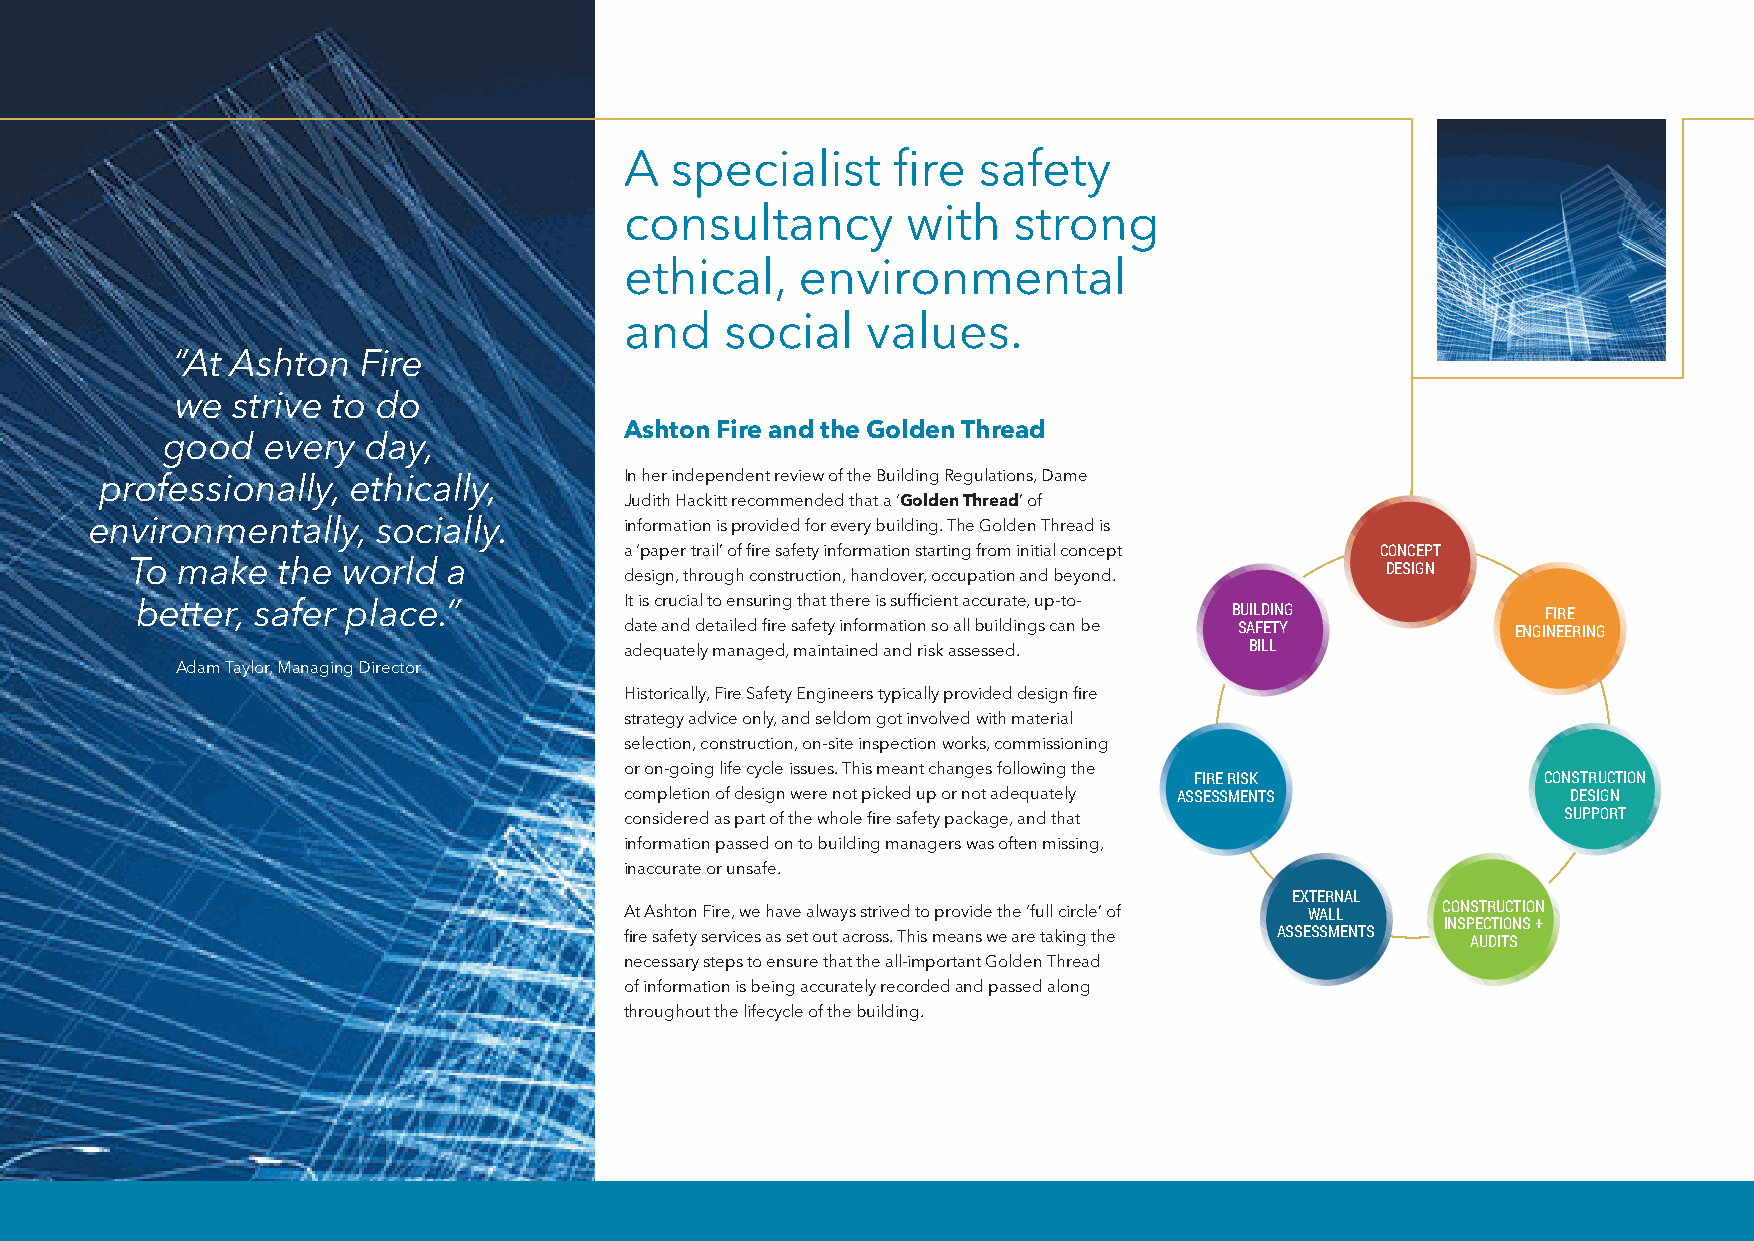
A  specialist     fire  safety
 consultancy        with   strong
 ethical,    environmental
 and    social   values.
 “At Ashton   Fire
 we strive to do
 Ashton Fire and the Golden Thread
 good  every  day,
 professionally, ethically,        In her independent review of the Building Regulations, Dame
 Judith Hackitt recommended that a ‘Golden Thread’ of
 environmentally,   socially.       information is provided for every building. The Golden Thread is
 a ‘paper trail’ of fire safety information starting from initial concept CONCEPT
 To make  the  world  a                                                             DESIGN
 design, through construction, handover, occupation and beyond.
 better, safer place.”           It is crucial to ensuring that there is sufficient accurate, up-to- BUILDING FIRE
 date and detailed fire safety information so all buildings can be SAFETY ENGINEERING
 adequately managed, maintained and risk assessed. BILL
 Adam Taylor, Managing Director
 Historically, Fire Safety Engineers typically provided design fire
 strategy advice only, and seldom got involved with material
 selection, construction, on-site inspection works, commissioning
 or on-going life cycle issues. This meant changes following the
 FIRE RISK              CONSTRUCTION
 completion of design were not picked up or not adequately ASSESSMENTS DESIGN
 considered as part of the whole fire safety package, and that  SUPPORT
 information passed on to building managers was often missing,
 inaccurate or unsafe.
 EXTERNAL
 At Ashton Fire, we have always strived to provide the ‘full circle’ of WALL CONSTRUCTION
 INSPECTIONS +
 fire safety services as set out across. This means we are taking the ASSESSMENTS AUDITS
 necessary steps to ensure that the all-important Golden Thread
 of information is being accurately recorded and passed along
 throughout the lifecycle of the building.